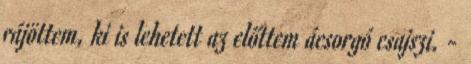
rájöttem, ki is lehetett az előttem ácsorgó csajszi. -